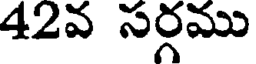
42వ సర్గము